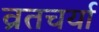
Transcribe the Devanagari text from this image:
व्रतचर्या